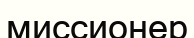
миссионер